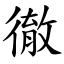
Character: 徹